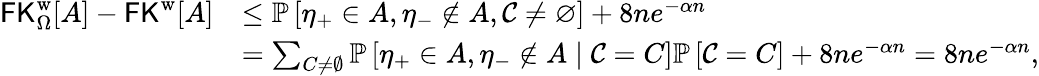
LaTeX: \begin{array}{rl}{\mathsf{FK}_{\Omega}^{\mathrm{w}}[A]-\mathsf{FK}^{\mathrm{w}}[A]}&{\leq\mathbb{P}\left[\eta_{+}\in A,\eta_{-}\not\in A,\mathcal{C}\neq\varnothing\right]+8ne^{-\alpha n}}\\ &{=\sum_{C\neq\emptyset}\mathbb{P}\left[\eta_{+}\in A,\eta_{-}\not\in A\mid\mathcal{C}=C\right]\mathbb{P}\left[\mathcal{C}=C\right]+8ne^{-\alpha n}=8ne^{-\alpha n},}\end{array}